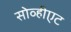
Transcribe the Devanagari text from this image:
सोव्हीएट